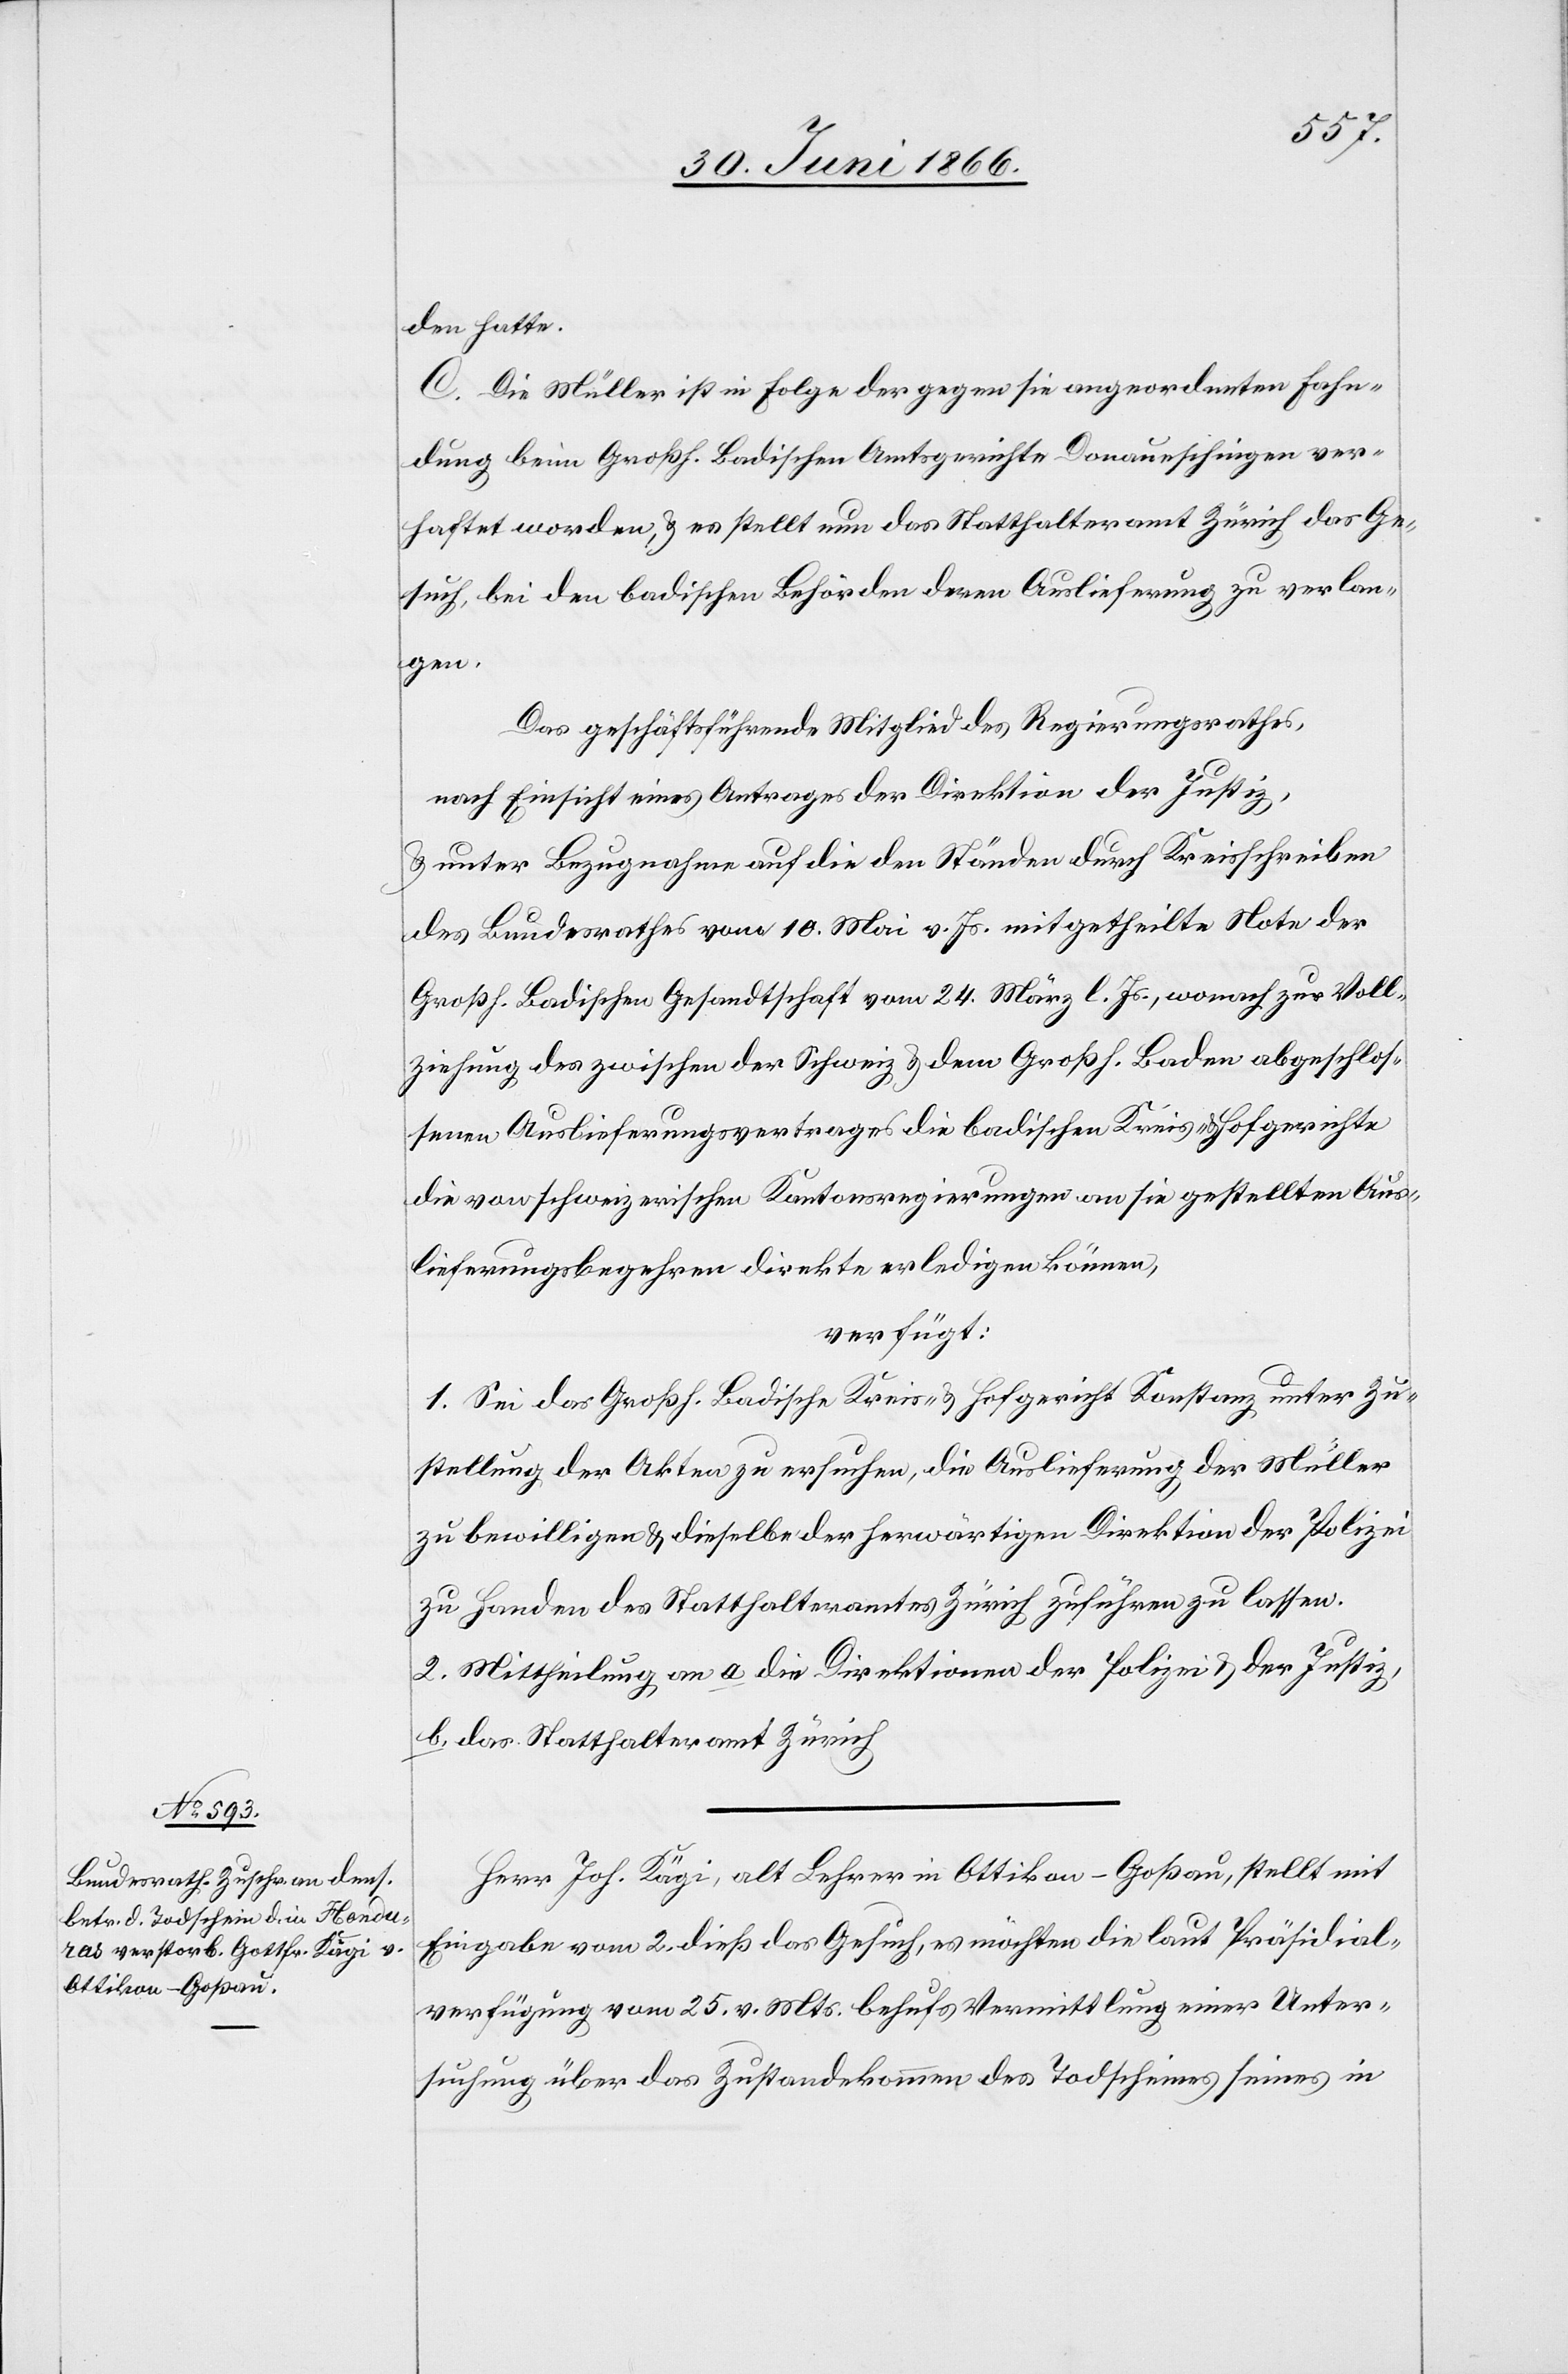
den hatte.
C. Die Müller ist in Folge der gegen sie angeordneten Fahn¬
dung beim Großh. Badischen Amtsgerichte Donaueschingen ver¬
haftet worden, u. es stellt nun das Statthalteramt Zürich das Ge¬
such, bei den badischen Behörden deren Auslieferung zu verlan¬
gen.
Das geschäftführende Mitglied des Regierungsrathes,
nach Einsicht eines Antrages der Direktion der Justiz,
u. unter Bezugnahme auf die den Ständen durch Kreisschreiben
des Bundesrathes vom 10. Mai v. Js. mitgetheilte Note der
Großh. Badischen Gesandtschaft vom 24. März l. Js., wonach zur Voll¬
ziehung des zwischen der Schweiz u. dem Großh. Baden abgeschlos¬
senen Auslieferungsvertrages die badischen Kreis- u. Hofgerichte
die von schweizerischen Kantonsregierungen an sie gestellten Aus¬
lieferungsbegehren direkte erledigen können,
verfügt:
1. Sei das Großh. Badische Kreis- u. Hofgericht Konstanz unter Zu¬
stellung der Akten zu ersuchen, die Auslieferung der Müller
zu bewilligen u. dieselbe der herwärtigen Direktion der Polizei
zu Handen des Statthalteramtes Zürich zuführen zu lassen.
2. Mittheilung an a. die Direktionen der Polizei u. der Justiz,
b. das Statthalteramt Zürich.
Herr Joh. Kägi, alt Lehrer in Ottikon-Goßau, stellt mit
Eingabe vom 2. dieß das Gesuch, es möchte die laut Präsidial¬
verfügung vom 25. v. Mts. behufs Vermittlung einer Unter¬
suchung über das Zustandekommen des Todscheines seines in